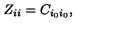
Z _ { i i } = C _ { i _ { 0 } i _ { 0 } } ,